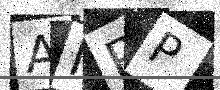
Text: ANPP